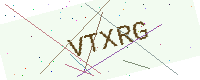
Text: VTXRG